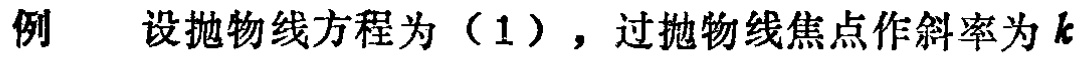
例 设抛物线方程为（1），过抛物线焦点作斜率为 \(k\)